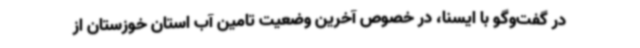
در گفت‌وگو با ایسنا، در خصوص آخرین وضعیت تامین آب استان خوزستان از